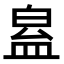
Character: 𥁬